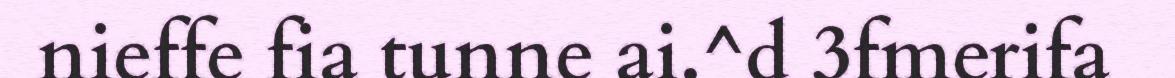
nieffe fia tunne ai.^d 3fmerifa